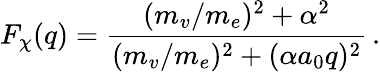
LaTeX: F_{\chi}{(q)}=\frac{(m_{v}/m_{e})^{2}+\alpha^{2}}{(m_{v}/m_{e})^{2}+(\alpha a_{0}q)^{2}}\, .